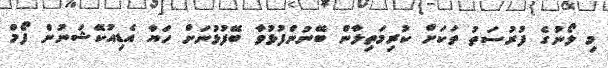
މި ލޯނުގެ ފުރުސަތު ތަކަށް ކުރިމަތިލާން ބޭނުންފުޅުވާ ބޭފުޅުނަށް ހަޔާ އެޑިއުކޭޝަނުން ފޯމް